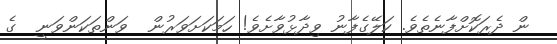
ން ދެރަކޮށްފާނެތެވެ. ކަލޭގެފާނު ވިދާޅުވާށެވެ! ހަމަކަށަވަރުން  ވަންތަކަންވަނީ  ގެ